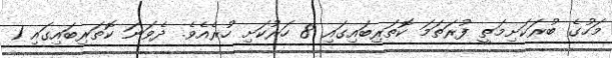
މަހުގެ ބުރަކަށިމަތީ ފުރަތަމަ ކޮތަރިބައިގައި 8 ހަރުކަށި ހުރެއެވެ. ދެވަނަ ކޮތަރިބައިގައި 1